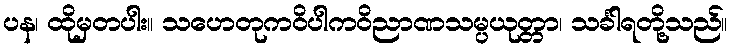
ပန၊ ထိုမှတပါး။ သဟေတုကဝိပါကဝိညာဏသမ္ပယုတ္တာ၊ သင်္ခါရတို့သည်။